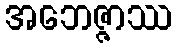
အဘေဇ္ဇာဿ